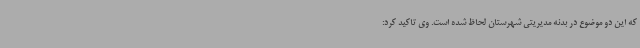
که این دو موضوع در بدنه مدیریتی شهرستان لحاظ شده است. وی تاکید کرد: